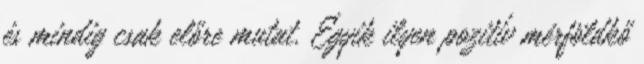
és mindig csak előre mutat. Egyik ilyen pozitív mérföldkő